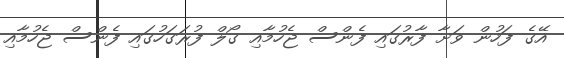
އޭގެ ފަހުން ވަށާ ފާރުގައި ފެންސް ޖެހުމާއި ގޯލް ފުރަގަހުގައި ފެންސް ޖެހުމާއި